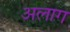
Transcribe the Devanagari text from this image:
अलाग